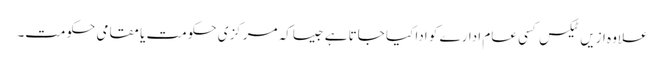
علاوہ ازیں ٹیکس کسی عام ادارے کو ادا کیا جاتا ہے جیساکہ مرکزی حکومت یا مقامی حکومت۔